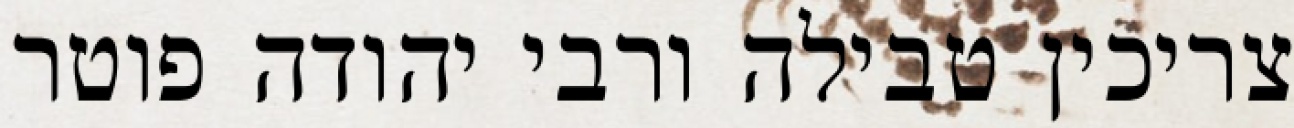
צריכין טבילה ורבי יהודה פוטר